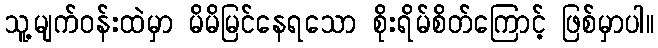
သူ့မျက်ဝန်းထဲမှာ မိမိမြင်နေရသော စိုးရိမ်စိတ်ကြောင့် ဖြစ်မှာပါ။